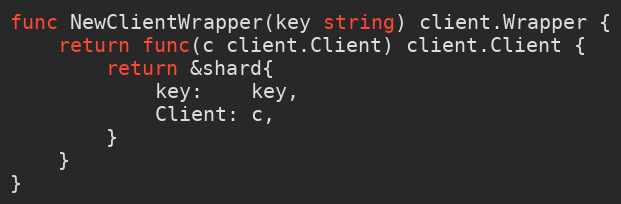
Language: Go
func NewClientWrapper(key string) client.Wrapper {
	return func(c client.Client) client.Client {
		return &shard{
			key:    key,
			Client: c,
		}
	}
}